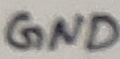
Text: GND